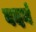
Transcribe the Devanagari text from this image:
वदनं